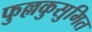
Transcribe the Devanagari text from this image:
फुल्लकुसुमित